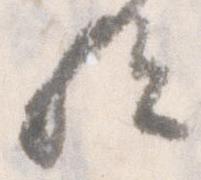
歟